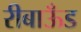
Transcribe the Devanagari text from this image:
रीबाऊँड